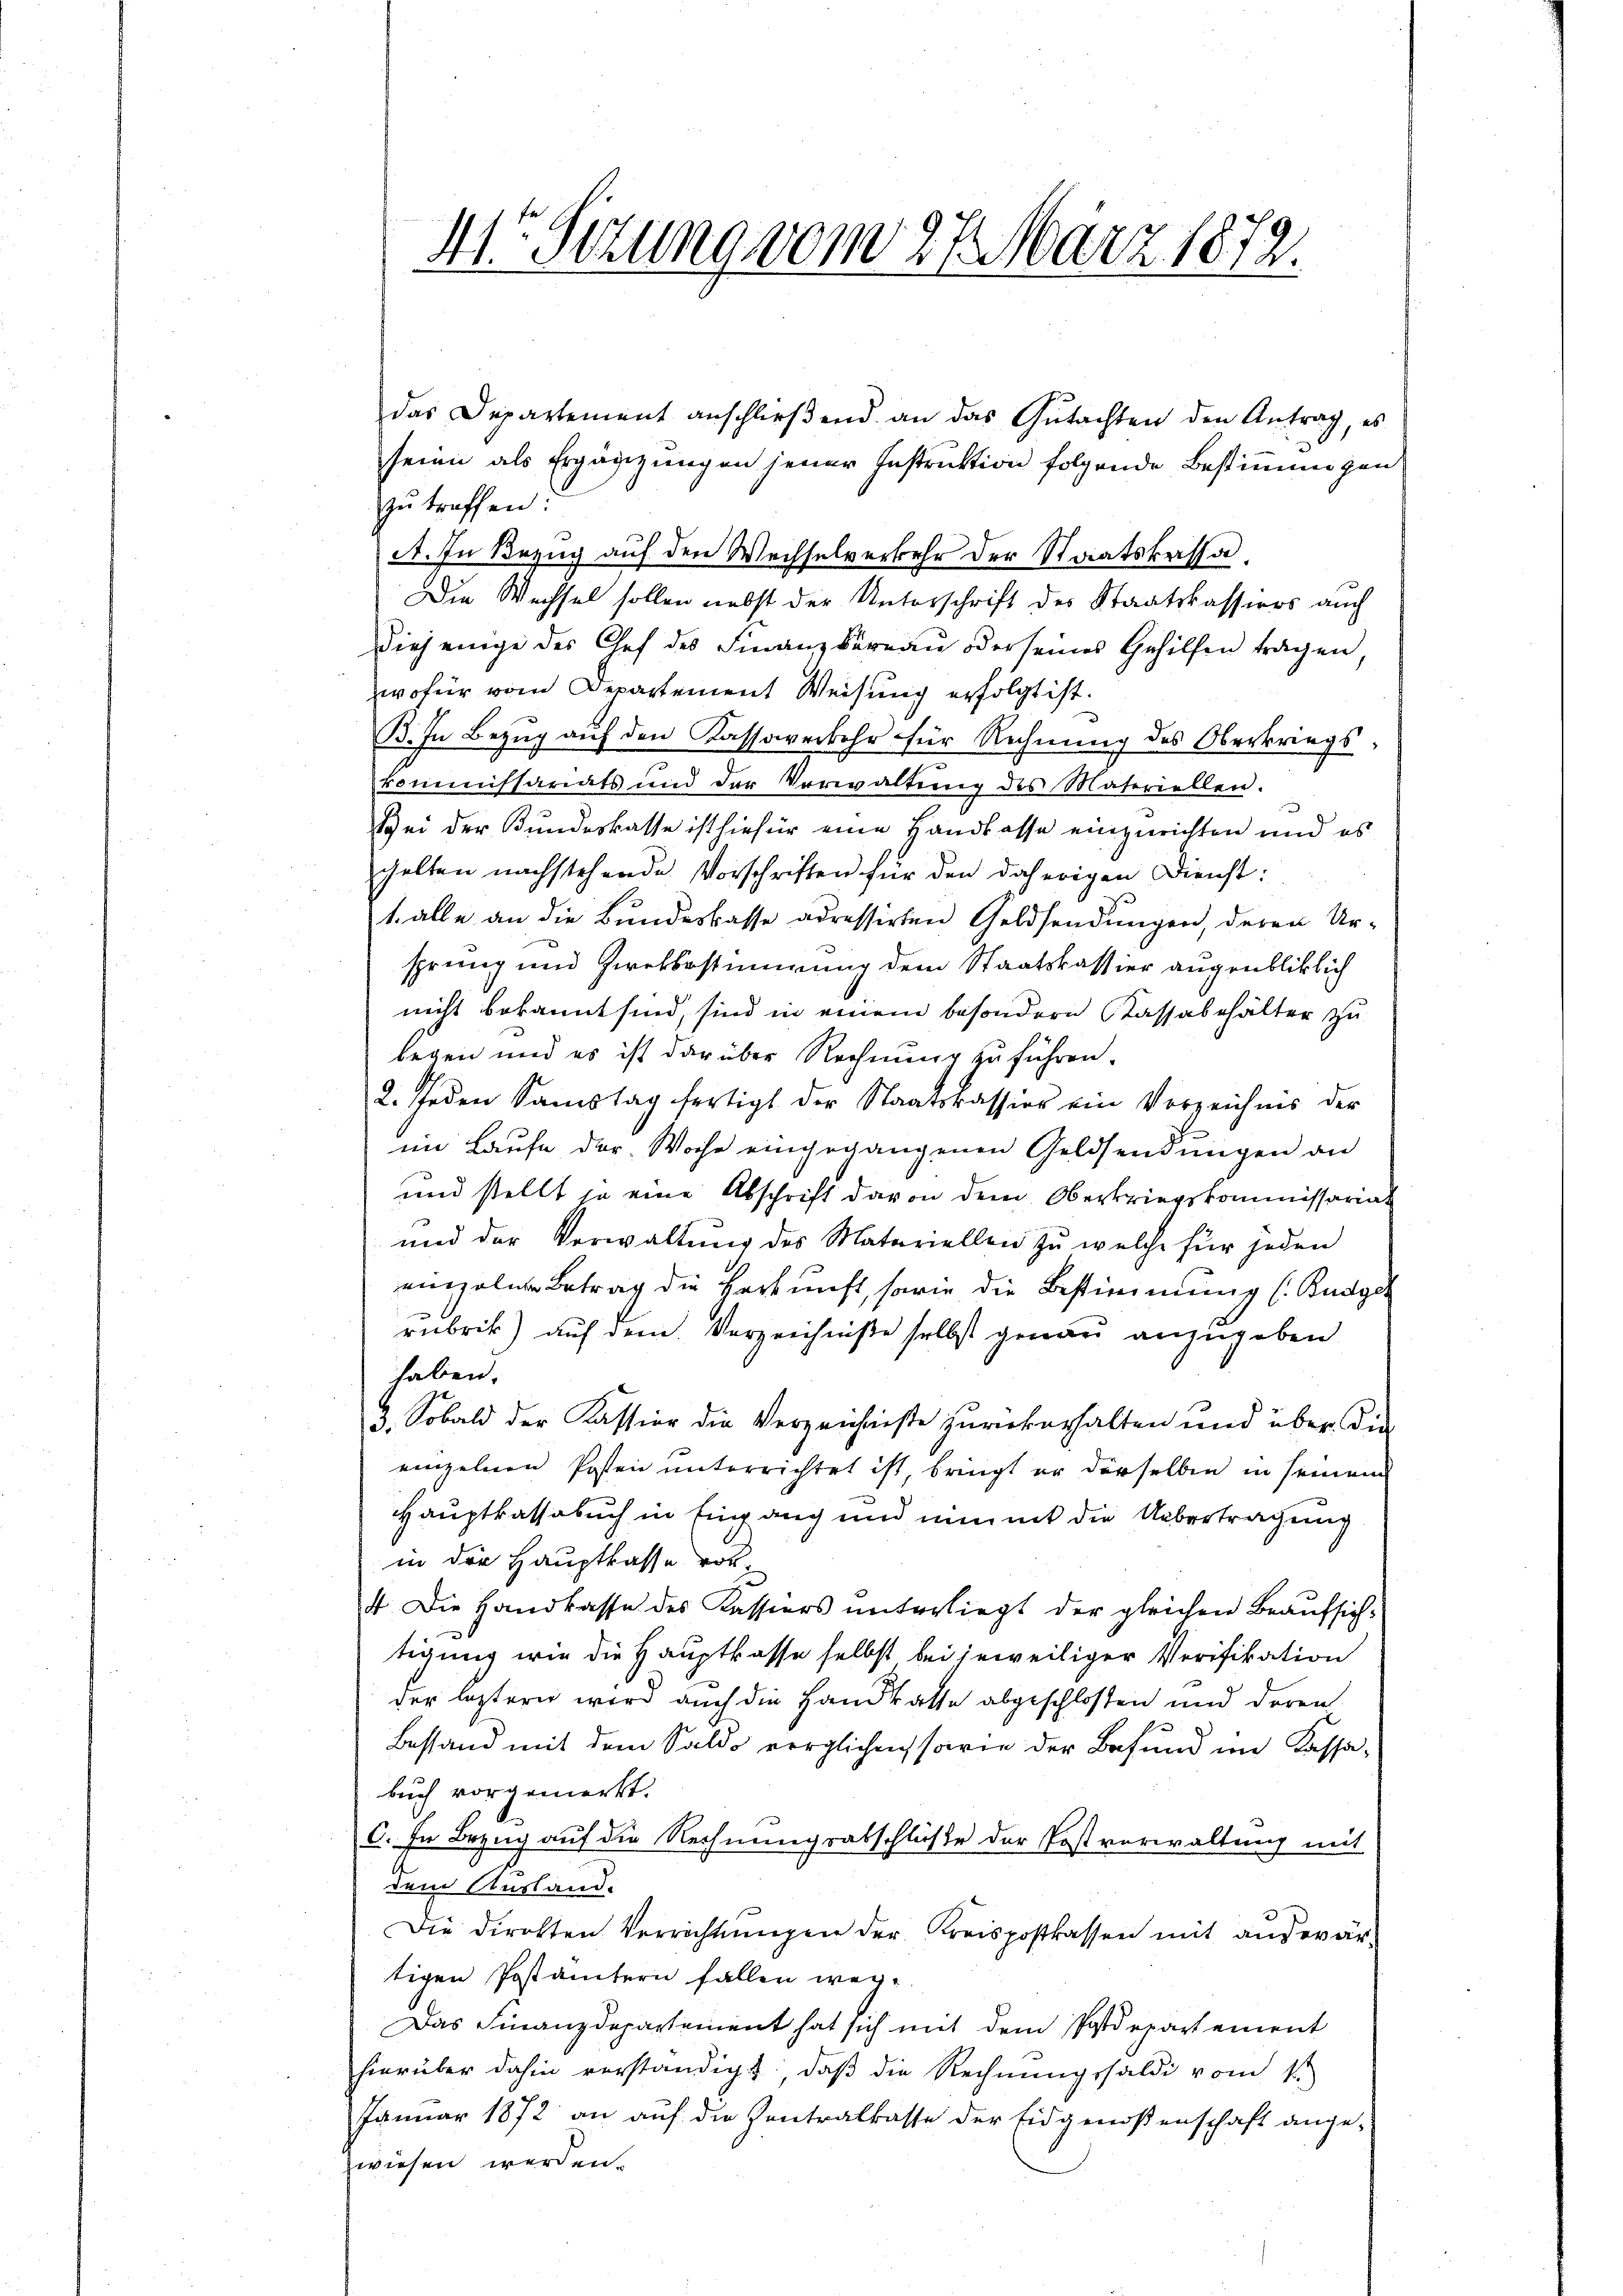
41t Setzung vom 27. März 1879.

das Departement anschlieβend an das Gŭtachten den Antrag, es
seien als Ergänzungen jener Instruktion folgende Bestimmungen
zŭ treffen:
A. In Bezug auf den Wechselverkehr der Staatskassa¬
Die Wechsel sollen nebst der Unterschrift des Staatskassiers auch
diejenige des Chef des Finanzbüreau oder seines Gehilfen tragen,
wofür vom Departement Weisung erfolgt ist.
B. In Bezug auf den Kassaverkehr für Rechnung des Oberkriegs
kommissariats und der Verwaltŭng des Materiellen.
Bei der Bundeskasse ist hiefür eine Handlasse einzurichten und es
halten nachstehende Vorschriften für den daherigen Dienst:
t. alle an die Bundeskasse adressirten Geldsendŭngen, deren Ur-
sprung und Zwekbestimmung dem Staatskassier augenblicklich
nicht bekannt sind, sind in einem besondern Cassabehälter zu
legen und es ist darüber Rechnung zu führen.
2. Jeden Samstag fertigt der Staatskassion ein Verzeichnis der
im Laufe der Woche eingegangenen Geldsendungen an
und stellt so eine Abschrift davon dem Oberkriegskommissariat
und der Verwaltung des Materiellen zu welche für jeden
einzelnen Betrag die Herkunft, sowie die Bestimmung (Budger
rubrik) auf dem Verzeichniße selbst genau anzugeben
haben.
2. Sobald der Kassion die Verzeichniße zurükerhalten und über die
einzelnen Posten unterrichtet ist, bringt er derselben in seinem
Hauptkassabuch in Eingang und nimmt die Uebertragung
in der Hauptkasse vor¬
4. Die Handkasse des Kassiers unterliegt der gleichen Beaufsichtigung wie die Hauptkasse selbst bei jeweiliger Verifikation
der leztern wird auch die Handkatte abgeschlosen und deren
Bessand mit dem Saldo verglichen sowie der Besund im Kassabuch vorgemerkt.
C. In Bezug auf die Rechnungsabschluße der Postverwaltung mit
dem Ausland.
Die Direkten Verrichtŭngen der Kreispostkassen mit aŭswär-
tigen Postämtern fallen wer¬
Das Finanzdepartement hat sich mit dem Postdepartement
hierüber dahin verständigt, daβ die Rechnungssaldi vom 1
Januar 1872 an auf die Kontralkasse der Eidgenoßenschaft ange-
wiesen werden.